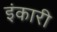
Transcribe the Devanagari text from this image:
इंकारी